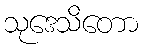
သုဒေသိတော